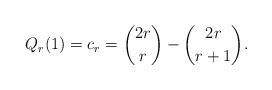
LaTeX: \begin{align*} Q_r(1)=c_r=\binom{2r}{r}-\binom{2r}{r+1}.\end{align*}